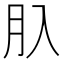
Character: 𦘲